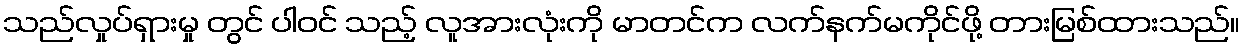
သည်လှုပ်ရှားမှု တွင် ပါဝင် သည့် လူအားလုံးကို မာတင်က လက်နက်မကိုင်ဖို့ တားမြစ်ထားသည်။